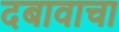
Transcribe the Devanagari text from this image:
दबावाचा